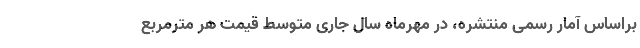
براساس آمار رسمی منتشره، در مهرماه سال جاری متوسط قیمت هر مترمربع